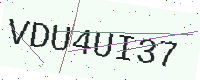
Text: VDU4UI37